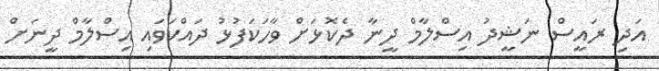
އަދި ރައީސް ނަޝީދު އިސްލާމް ދީނާ ދެކޮޅަށް ވާހަކަފުޅު ދައްކަވައި އިސްލާމް ދީނަށް